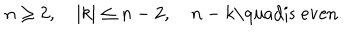
LaTeX: n \geq 2 , \quad | k | \leq n - 2 , \quad n - k \mathrm { \quad } \mathrm { i s ~ e v e n } .